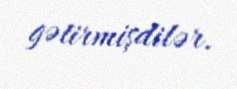
gətirmişdilər.